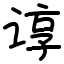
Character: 谆